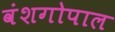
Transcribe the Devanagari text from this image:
वंशगोपाल